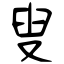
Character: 叟